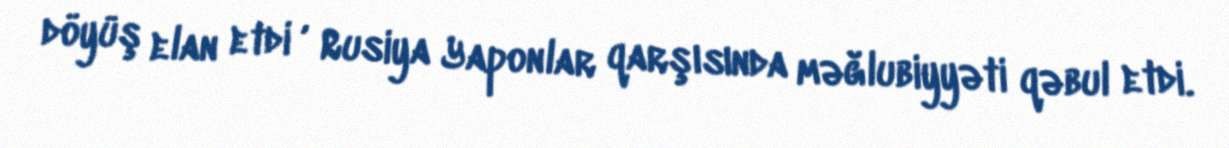
döyüş elan etdi , Rusiya Yaponlar qarşısında məğlubiyyəti qəbul etdi.